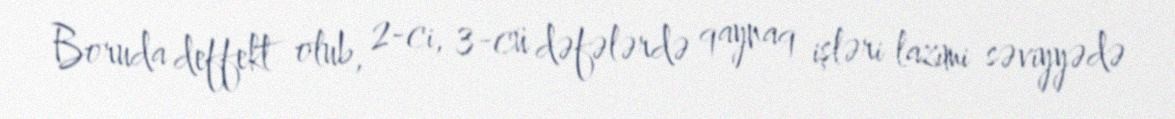
Boruda deffekt olub, 2-ci, 3-cü dəfələrdə qaynaq işləri lazımi səviyyədə